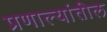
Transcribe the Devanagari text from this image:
प्रणाल्यांतील